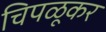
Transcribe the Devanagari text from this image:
चिपळूकर